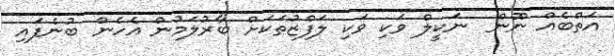
އަތްބެއް ނޫން  ނަކީލް ވަކި ވަކި ލަފްޒުތަކަށް ބާރުލަމުން އެހެން ބުނެފައި